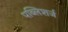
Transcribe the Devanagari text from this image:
पब्लिशर्ज